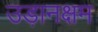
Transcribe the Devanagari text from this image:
उड़ानक्षम